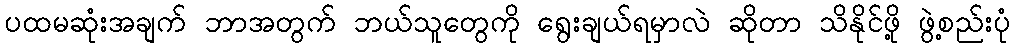
ပထမဆုံးအချက် ဘာအတွက် ဘယ်သူတွေကို ရွေးချယ်ရမှာလဲ ဆိုတာ သိနိုင်ဖို့ ဖွဲ့စည်းပုံ